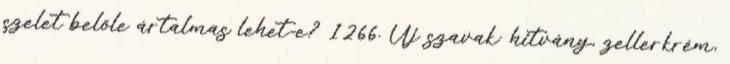
szelet belőle ártalmas lehet-e? 1266. Új szavak: hitvány, zellerkrém,